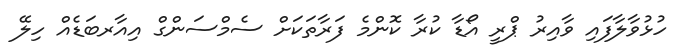
ހުޅުވާލާފައި ވާއިރު ޕްރީ އޯޑާ ކުރާ ކޮންމެ ފަރާތަކަށް ސެމްސަންގް އިއާރބަޑެއް ހިލޭ